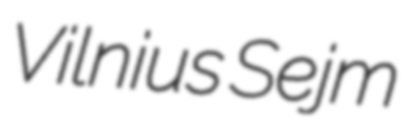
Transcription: Vilnius Sejm